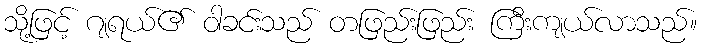
သို့ဖြင့် ဂျရယ်၏ ဝါခင်းသည် တဖြည်းဖြည်း ကြီးကျယ်လာသည်။